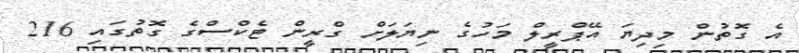
އެ ގޮތުން މިދިޔަ އޭޕްރީލް މަހުގެ ނިޔަލަށް ގްރީން ޓެކްސްގެ ގޮތުގައި 216